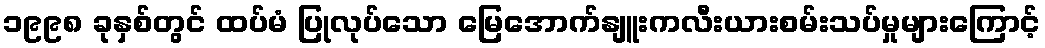
၁၉၉၈ ခုနှစ်တွင် ထပ်မံ ပြုလုပ်သော မြေအောက်နျူးကလီးယားစမ်းသပ်မှုများကြောင့်